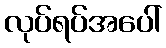
လုပ်ရပ်အပေါ်